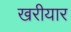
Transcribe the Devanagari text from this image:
खरीयार